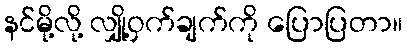
နင်မို့လို့ လျှို့ဝှက်ချက်ကို ပြောပြတာ။